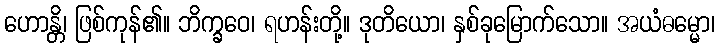
ဟောန္တိ၊ ဖြစ်ကုန်၏။ ဘိက္ခဝေ၊ ရဟန်းတို့။ ဒုတိယော၊ နှစ်ခုမြောက်သော။ အယံဓမ္မော၊